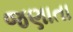
જણાતા